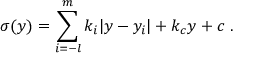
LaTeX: \sigma ( y ) = \sum _ { i = - l } ^ { m } k _ { i } | y - y _ { i } | + k _ { c } y + c ~ . ~ \,